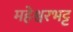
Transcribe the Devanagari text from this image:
महेश्वरभट्ट